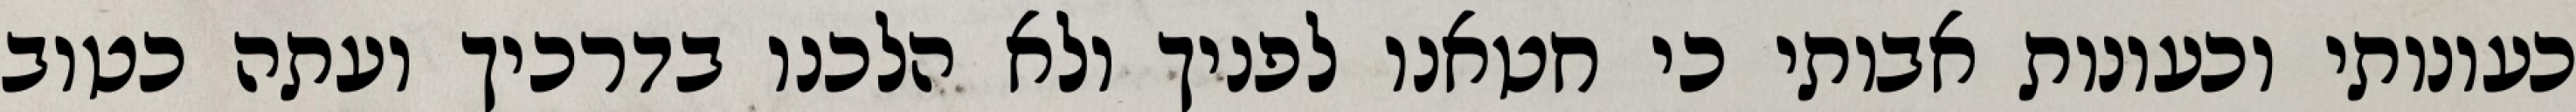
כעונותי וכעונות אבותי כי חטאנו לפניך ולא הלכנו בדרכיך ועתה כטוב